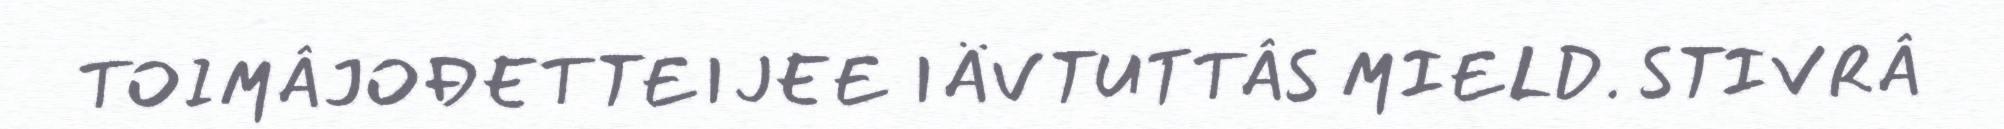
TOIMÂJOĐETTEIJEE IÄVTUTTÂS MIELD. STIVRÂ